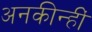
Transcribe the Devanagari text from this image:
अनकीन्‍हीं